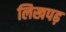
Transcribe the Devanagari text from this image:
लिखपढ़